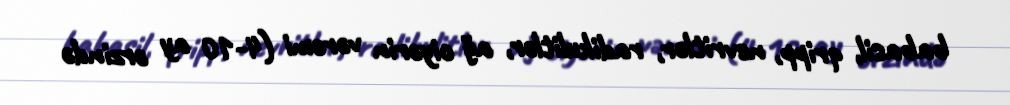
babasil, qripp, nevritlər, radikulitlər, ağ ciyərin vərəmi (4-10 ay ərzində